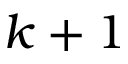
k + 1